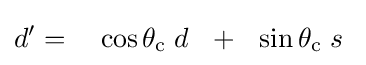
d'=~~~\cos {\theta _{\mathrm {c} }}\;d~~+~~\sin {\theta _{\mathrm {c} }}\;s~